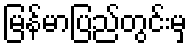
မြန်မာပြည်တွင်းမှ